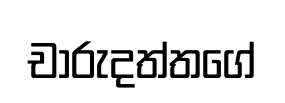
චාරුදත්තගේ